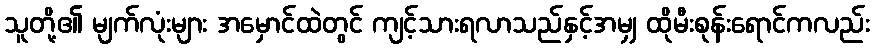
သူတို့၏ မျက်လုံးများ အမှောင်ထဲတွင် ကျင့်သားရလာသည်နှင့်အမျှ ထိုမီးစုန်းရောင်ကလည်း